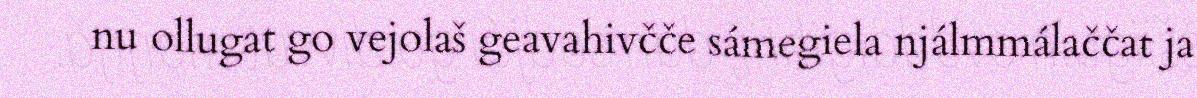
nu ollugat go vejolaš geavahivčče sámegiela njálmmálaččat ja